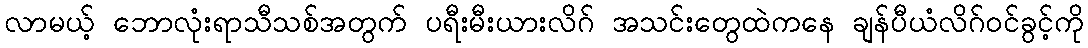
လာမယ့် ဘောလုံးရာသီသစ်အတွက် ပရီးမီးယားလိဂ် အသင်းတွေထဲကနေ ချန်ပီယံလိဂ်ဝင်ခွင့်ကို